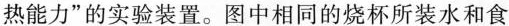
热能力”的实验装置。图中相同的烧杯所装水和食